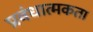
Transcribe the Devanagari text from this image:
प्रबंधात्मकता